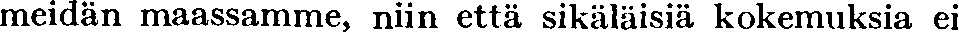
meidän maassamme, niin että sikäläisiä kokemuksia ei